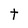
Character: t